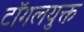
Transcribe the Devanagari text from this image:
टॉगलयुक्त